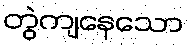
တွဲကျနေသော